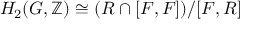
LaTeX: H _ { 2 } ( G , \mathbb { Z } ) \cong ( R \cap [ F , F ] ) / [ F , R ]